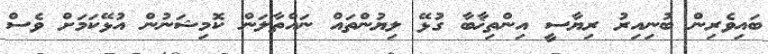
ބައިވެރިން ބުނިއިރު ރިޔާސީ އިންތިޚާބާ ގުޅޭ ލިޔުންތައް ނައްތާލަން ކޮމިޝަނުން އުޅޭކަމަށް ވެސް